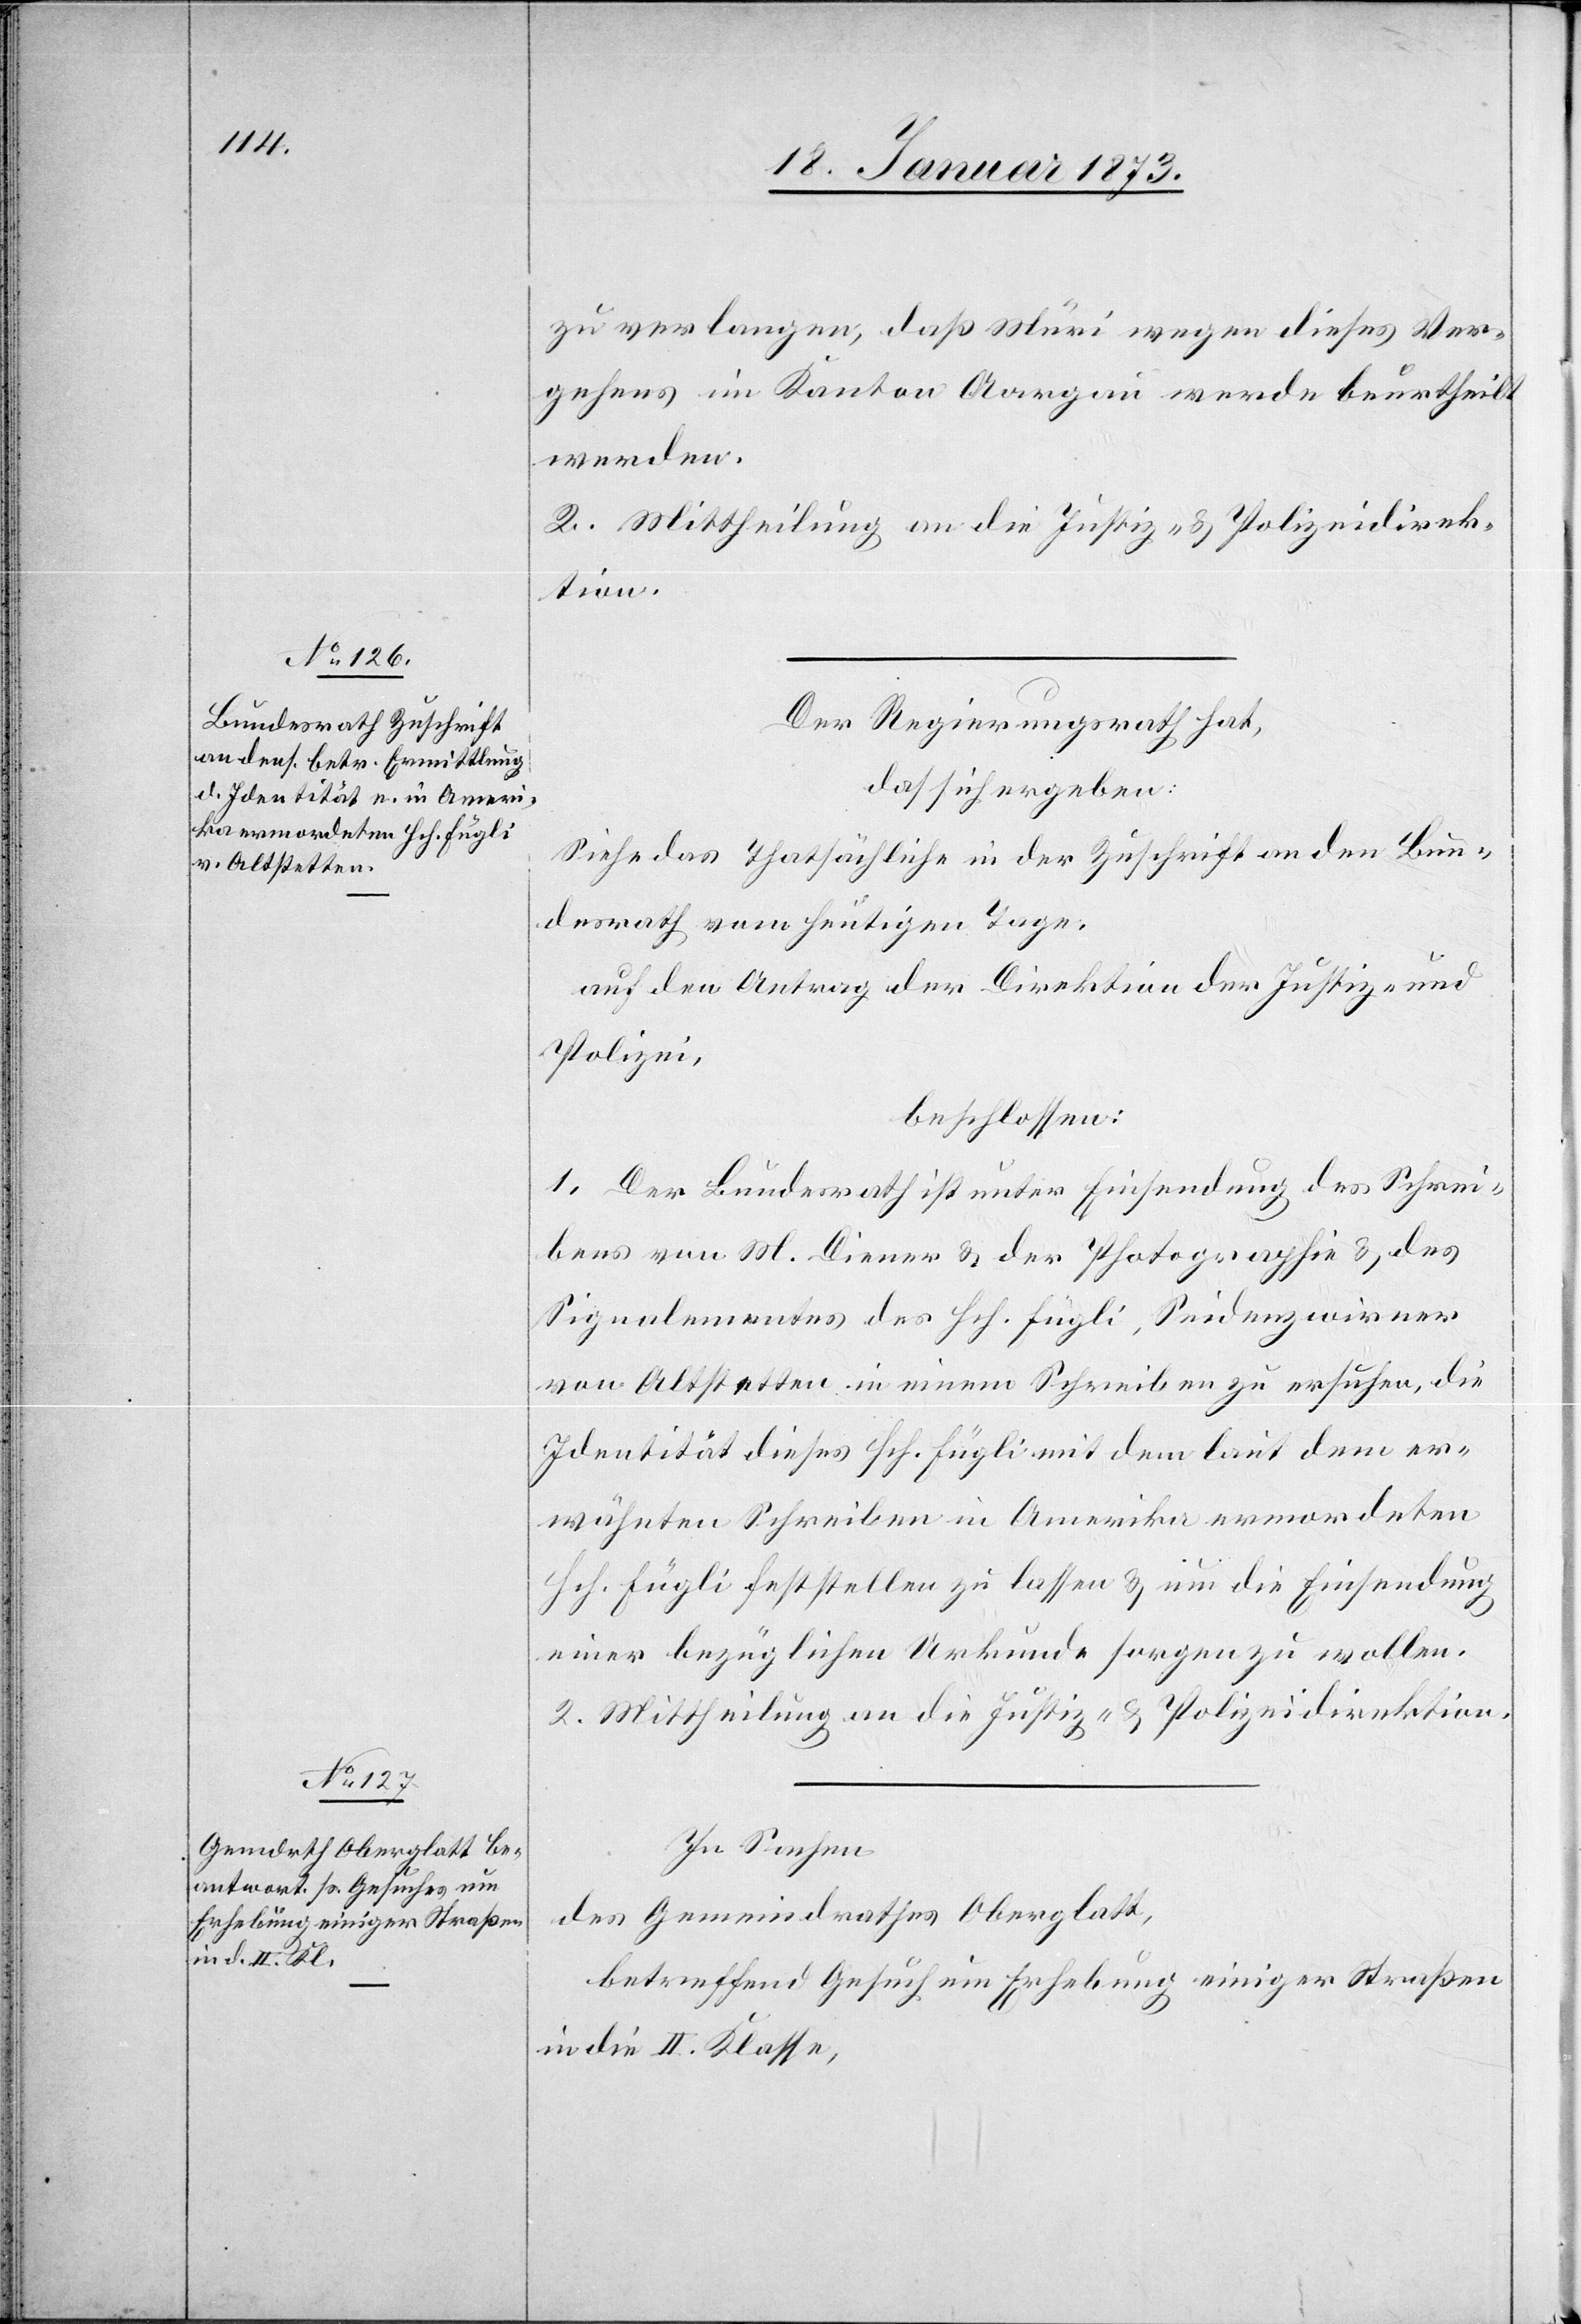
zu verlangen, daß Müri wegen dieses Ver¬
gehens im Kanton Aargau werde beurtheilt
werden.
Der Regierungsrath hat,
das sich ergeben:
Siehe das Thatsächliche in der Zuschrift an den Bun¬
desrath vom heutigen Tage.
auf den Antrag der Direktion der Justiz- und
Polizei,
beschlossen:
1. Der Bundesrath ist unter Einsendung des Schrei¬
bens von M. Diener u. der Photographie u. des
Signalementes des Hch. Hügli, Seidenzwirner
von Altstetten in einem Schreiben zu ersuchen, die
Identität dieses Hch. Hügli mit dem laut dem er¬
wähnten Schreiben in Amerika ermordeten
Hrh. Hügli feststellen zu lassen u. um die Einsendung
einer bezüglichen Urkunde sorgen zu wollen.
2. Mittheilung an die Justiz- u. Polizeidirektion.
In Sachen
des Gemeindrathes Oberglatt,
betreffend Gesuch um Erhebung einiger Straßen
in die II. Klasse,